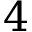
4